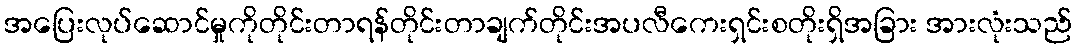
အပြေးလုပ်ဆောင်မှုကိုတိုင်းတာရန်တိုင်းတာချက်တိုင်းအပလီကေးရှင်းစတိုးရှိအခြား အားလုံးသည်